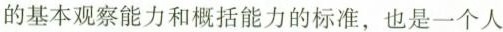
的基本观察能力和概括能力的标准,也是一个人